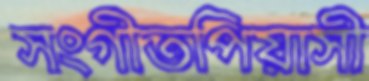
সংগীতপিয়াসী